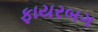
ફાયરબગ